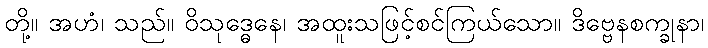
တို့။ အဟံ၊ သည်။ ဝိသုဒ္ဓေနေ၊ အထူးသဖြင့်စင်ကြယ်သော။ ဒိဗ္ဗေနစက္ခုနာ၊